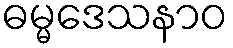
ဓမ္မဒေသနာဝ